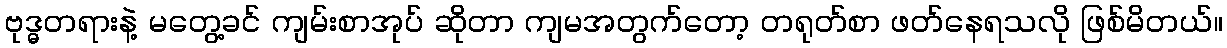
ဗုဒ္ဓတရားနဲ့ မတွေ့ခင် ကျမ်းစာအုပ် ဆိုတာ ကျမအတွက်တော့ တရုတ်စာ ဖတ်နေရသလို ဖြစ်မိတယ်။